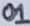
Text: 01